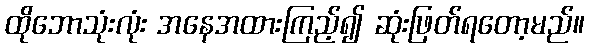
ထိုဘောသုံးလုံး အနေအထားကြည့်၍ ဆုံးဖြတ်ရတော့မည်။